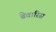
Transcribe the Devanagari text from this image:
ब्रेवारिस